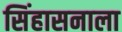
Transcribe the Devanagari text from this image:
सिंहासनाला